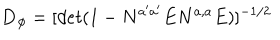
{ \bf D _ { \phi } } = [ d e t ( 1 - N ^ { a ^ { \prime } a ^ { \prime } } E N ^ { a , a } E ) ] ^ { - 1 / 2 } \, \,